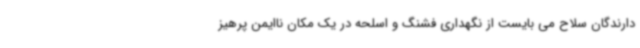
دارندگان سلاح می بایست از نگهداری فشنگ و اسلحه در یک مکان ناایمن پرهیز